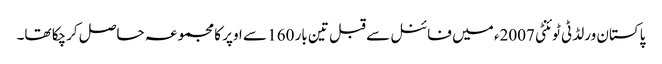
پاکستان ورلڈ ٹی ٹوئنٹی 2007ء میں فائنل سے قبل تین بار 160 سے اوپر کا مجموعہ حاصل کرچکا تھا۔